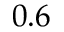
0 . 6